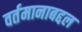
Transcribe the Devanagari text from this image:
वर्तमानाबद्दल